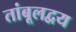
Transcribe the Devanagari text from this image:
तांबूलद्वय